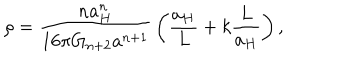
LaTeX: \rho = { \frac { n a _ { H } ^ { n } } { 1 6 \pi G _ { n + 2 } a ^ { n + 1 } } } \left( { \frac { a _ { H } } { L } } + k { \frac { L } { a _ { H } } } \right) ,